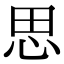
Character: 思